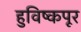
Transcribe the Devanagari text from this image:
हुविष्कपूर